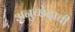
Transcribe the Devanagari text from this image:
अनुच्छेदाची